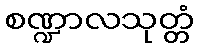
စဏ္ဍာလသုတ္တံ